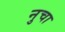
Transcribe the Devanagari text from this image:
नुचा